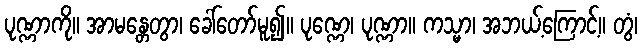
ပုဏ္ဏာကို။ အာမန္တေတွာ၊ ခေါ်တော်မူ၍။ ပုဏ္ဏေ၊ ပုဏ္ဏာ။ ကသ္မာ၊ အဘယ့်ကြောင့်။ တွံ၊